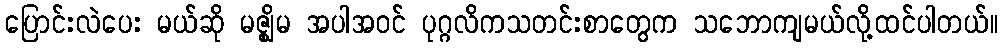
ပြောင်းလဲပေး မယ်ဆို မဇ္ဈိမ အပါအဝင် ပုဂ္ဂလိကသတင်းစာတွေက သဘောကျမယ်လို့ထင်ပါတယ်။